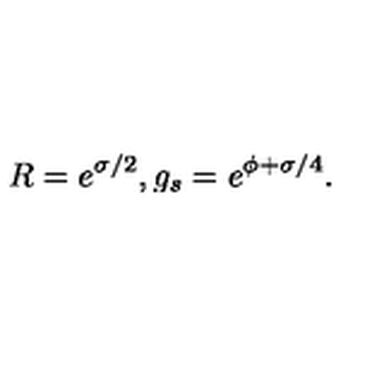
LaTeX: R = e ^ { \sigma / 2 } , g _ { s } = e ^ { \phi + \sigma / 4 } .